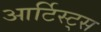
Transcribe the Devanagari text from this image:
आर्टिस्ट्‍स